Annual administration report of the Civil Veterinary Department of India - 1910-1911
Year: 1910
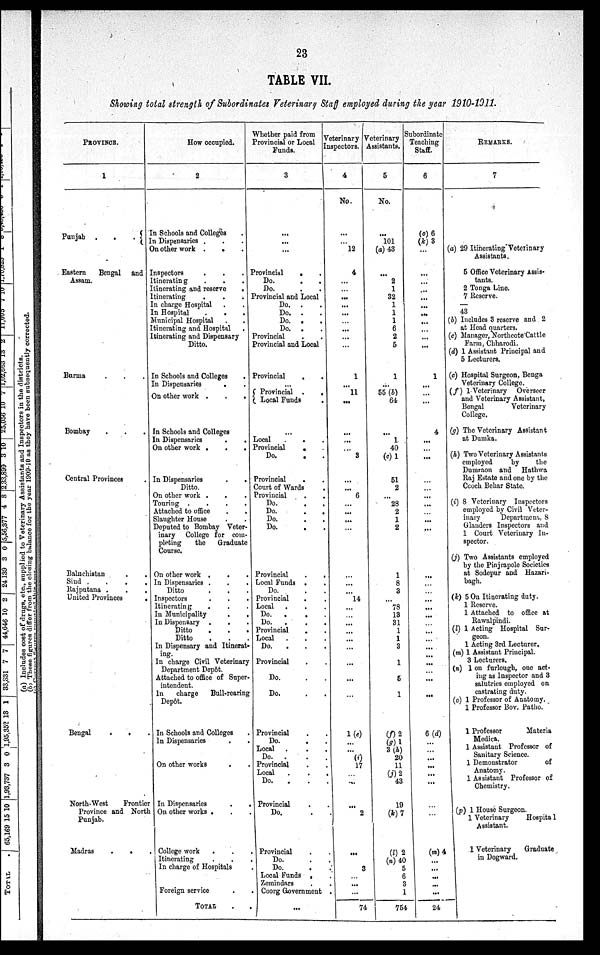
23
TABLE VII.
Showing total strength of Subordinates Veterinary Staff employed during the year 1910-1911.
PROVINCE.
1
Punjab .
.
.
Eastern
Bengal and
Assam.
Burma . . .
Bombay . . .
Central Provinces .
Baluchistan . .
Sind .
.
.
.
Rajputana .
.
.
United Provinces
.
Bengal
.
.
North-West
Frontier
Province and North
Punjab.
Madras
.
.
How occupied.
2
In Schools and Colleges .
In Dispensaries . . .
On other work .
.
Inspectors . . .
Itinerating . . .
Itinerating and reserve
.
Itinerating . . .
In charge Hospital . .
In Hospital
. . .
Municipal Hospital . .
Itinerating and Hospital .
Itinerating and Dispensary
Ditto.
In Schools and Colleges .
In Dispensaries
. .
On other work .
.
.
In Schools and Colleges
In Dispensaries
.
.
On other work .
.
.
In Dispensaries . .
Ditto.
On other work . . .
Touring .
.
.
.
Attached to office . .
Slaughter House . .
Deputed to Bombay Veter-
inary College for com-
pleting
the
Graduate
Course.
On other work .
. .
In Dispensaries .
.
.
Ditto . . .
Inspectors
.
.
.
Itinerating . . .
In Municipality . .
In Dispensary . . .
Ditto . . .
Ditto . . .
In Dispensary and Itinerat-
ing.
In charge Civil Veterinary
Department Depôt.
Attached to office of Super-
intendent.
In
charge
Bull-rearing
Depôt.
In Schools and Colleges .
In Dispensaries . .
On other works . .
In Dispensaries
.
.
On other works . . .
College work . . .
Itinerating . . .
In charge of Hospitals .
Foreign service . .
TOTAL . .
Whether paid from
Provincial or Local
Funds.
3
...
...
...
Provincial
. .
Do. . .
Do. . .
Provincial and Local
Do. . .
Do. . .
Do. . .
Do. . .
Provincial
Provincial and Local
Provincial
.
.
...
Provincial .
.
Local Funds .
...
Local
.
Provincial
.
Do.
.
Provincial .
Court of Wards .
Provincial .
Do. . .
Do. . .
Do. . .
Do. . .
Provincial . .
Local Funds . .
Do. . .
Provincial . .
Local . . .
Do.
. . .
Do.
. . .
Provincial . .
Local . . .
Do. . . .
Provincial . .
Do. . .
Do. . .
Provincial . .
Do. . .
Local . . .
Do. . .
Provincial . .
Local . . .
Do. . .
Provincial . .
Do. . .
Provincial . .
Do. .
Do. .
Local Funds .
Zemindars .
Coorg Government .
...
Veterinary
Inspectors.
4
No.
...
...
12
4
...
...
...
...
...
...
...
...
1
...
11
...
...
...
...
3
...
...
6
...
...
...
...
...
...
...
14
...
...
...
...
..
...
...
...
...
1(e)
...
...
(i)
17
...
...
...
2
...
3
...
...
...
74
Veterinary
Assistants.
5
No.
...
101
(a) 43
...
2
1
32
1
1
1
6
2
5
1
...
55 (b)
64
...
1
40
(c) 1
51
2
...
28
2
1
2
1
8
3
...
78
13
31
1
1
3
1
5
1
(f) 2
(g) 1
3 (h)
20
11
(j) 2
43
19
(k) 7
(l) 2
(n) 40
5
6
3
1
754
Subordinate
Teaching
Staff.
6
(o) 6
(k) 3
...
...
...
...
...
...
...
...
...
...
1
...
...
...
4
...
...
...
...
...
...
...
...
...
...
...
...
...
...
...
...
...
...
...
...
...
...
...
...
6 (d)
...
...
...
...
...
...
...
...
...
(m) 4
...
...
...
...
...
24
REMARKS.
7
(a) 29 Itinerating Veterinary
Assistants.
5 Office Veterinary Assis-
tants.
2 Tonga Line.
7 Reserve.
—
43
(b) Includes 3 reserve and 2
at Head quarters.
(c) Manager, Northcote Cattle
Farm, Chharodi.
(d) 1 Assistant Principal and
5 Lecturers.
(c) Hospital Surgeon, Benga
Veterinary College.
(f) 1 Veterinary Overseer
and Veterinary Assistant,
Bengal
Veterinary
College.
(g) The Veterinary Assistant
at Dumka.
(h) Two Veterinary Assistants
employed
by
the
Dumraon and Hathwa
Raj Estate and one by the
Ccoch Behar State.
(i) 8 Veterinary Inspectors
employed by Civil Veter-
inary
Department, 8
Glanders Inspectors and
1 Court Veterinary In-
spector.
(j) Two Assistants employed
by the Pinjrapole Societies
at Sodepur and Hazari-
bagh.
(k) 5 On Itinerating duty.
1 Reserve.
1 Attached to office at
Rawalpindi.
(l) 1 Acting Hospital Sur-
geon.
1 Acting 3rd Lecturer.
(m) 1 Assistant Principal.
3 Lecturers.
(n) 1 on furlough, one act-
ing as Inspector and 3
salutries employed on
castrating duty.
(o) 1 Professor of Anatomy.
1 Professor Bov. Patho.
1 Professor
Materia
Medica.
1 Assistant Professor of
Sanitary Science.
1 Demonstrator
of
Anatomy.
1 Assistant Professor of
Chemistry.
(p) 1 House Surgeon.
1 Veterinary
Hospital
Assistant.
1
Veterinary
Graduate
in Dogward.